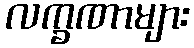
လက္ခဏာများ